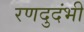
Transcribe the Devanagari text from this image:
रणदुदंभी